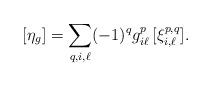
LaTeX: \begin{align*}[\eta_g]=\sum_{q,i,\ell}(-1)^q g^{p}_{i\ell}\, [\xi^{p,q}_{i,\ell}].\end{align*}